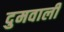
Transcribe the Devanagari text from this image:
दुमवाली